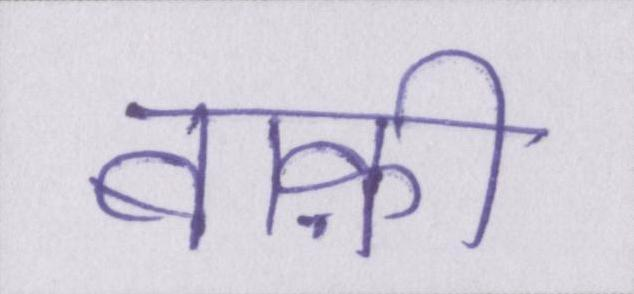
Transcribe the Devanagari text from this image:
बाक़ी